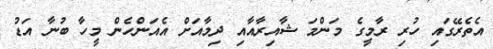
އެތެރޭގައި ހުރި ރާމީގެ މަންމަ ޝާއިރާއާއި ދިމާއަށް އެއަންހެން މީހާ ބުނާ އަޑު